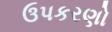
ઉપકરણો